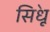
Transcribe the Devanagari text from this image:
सि॓धू